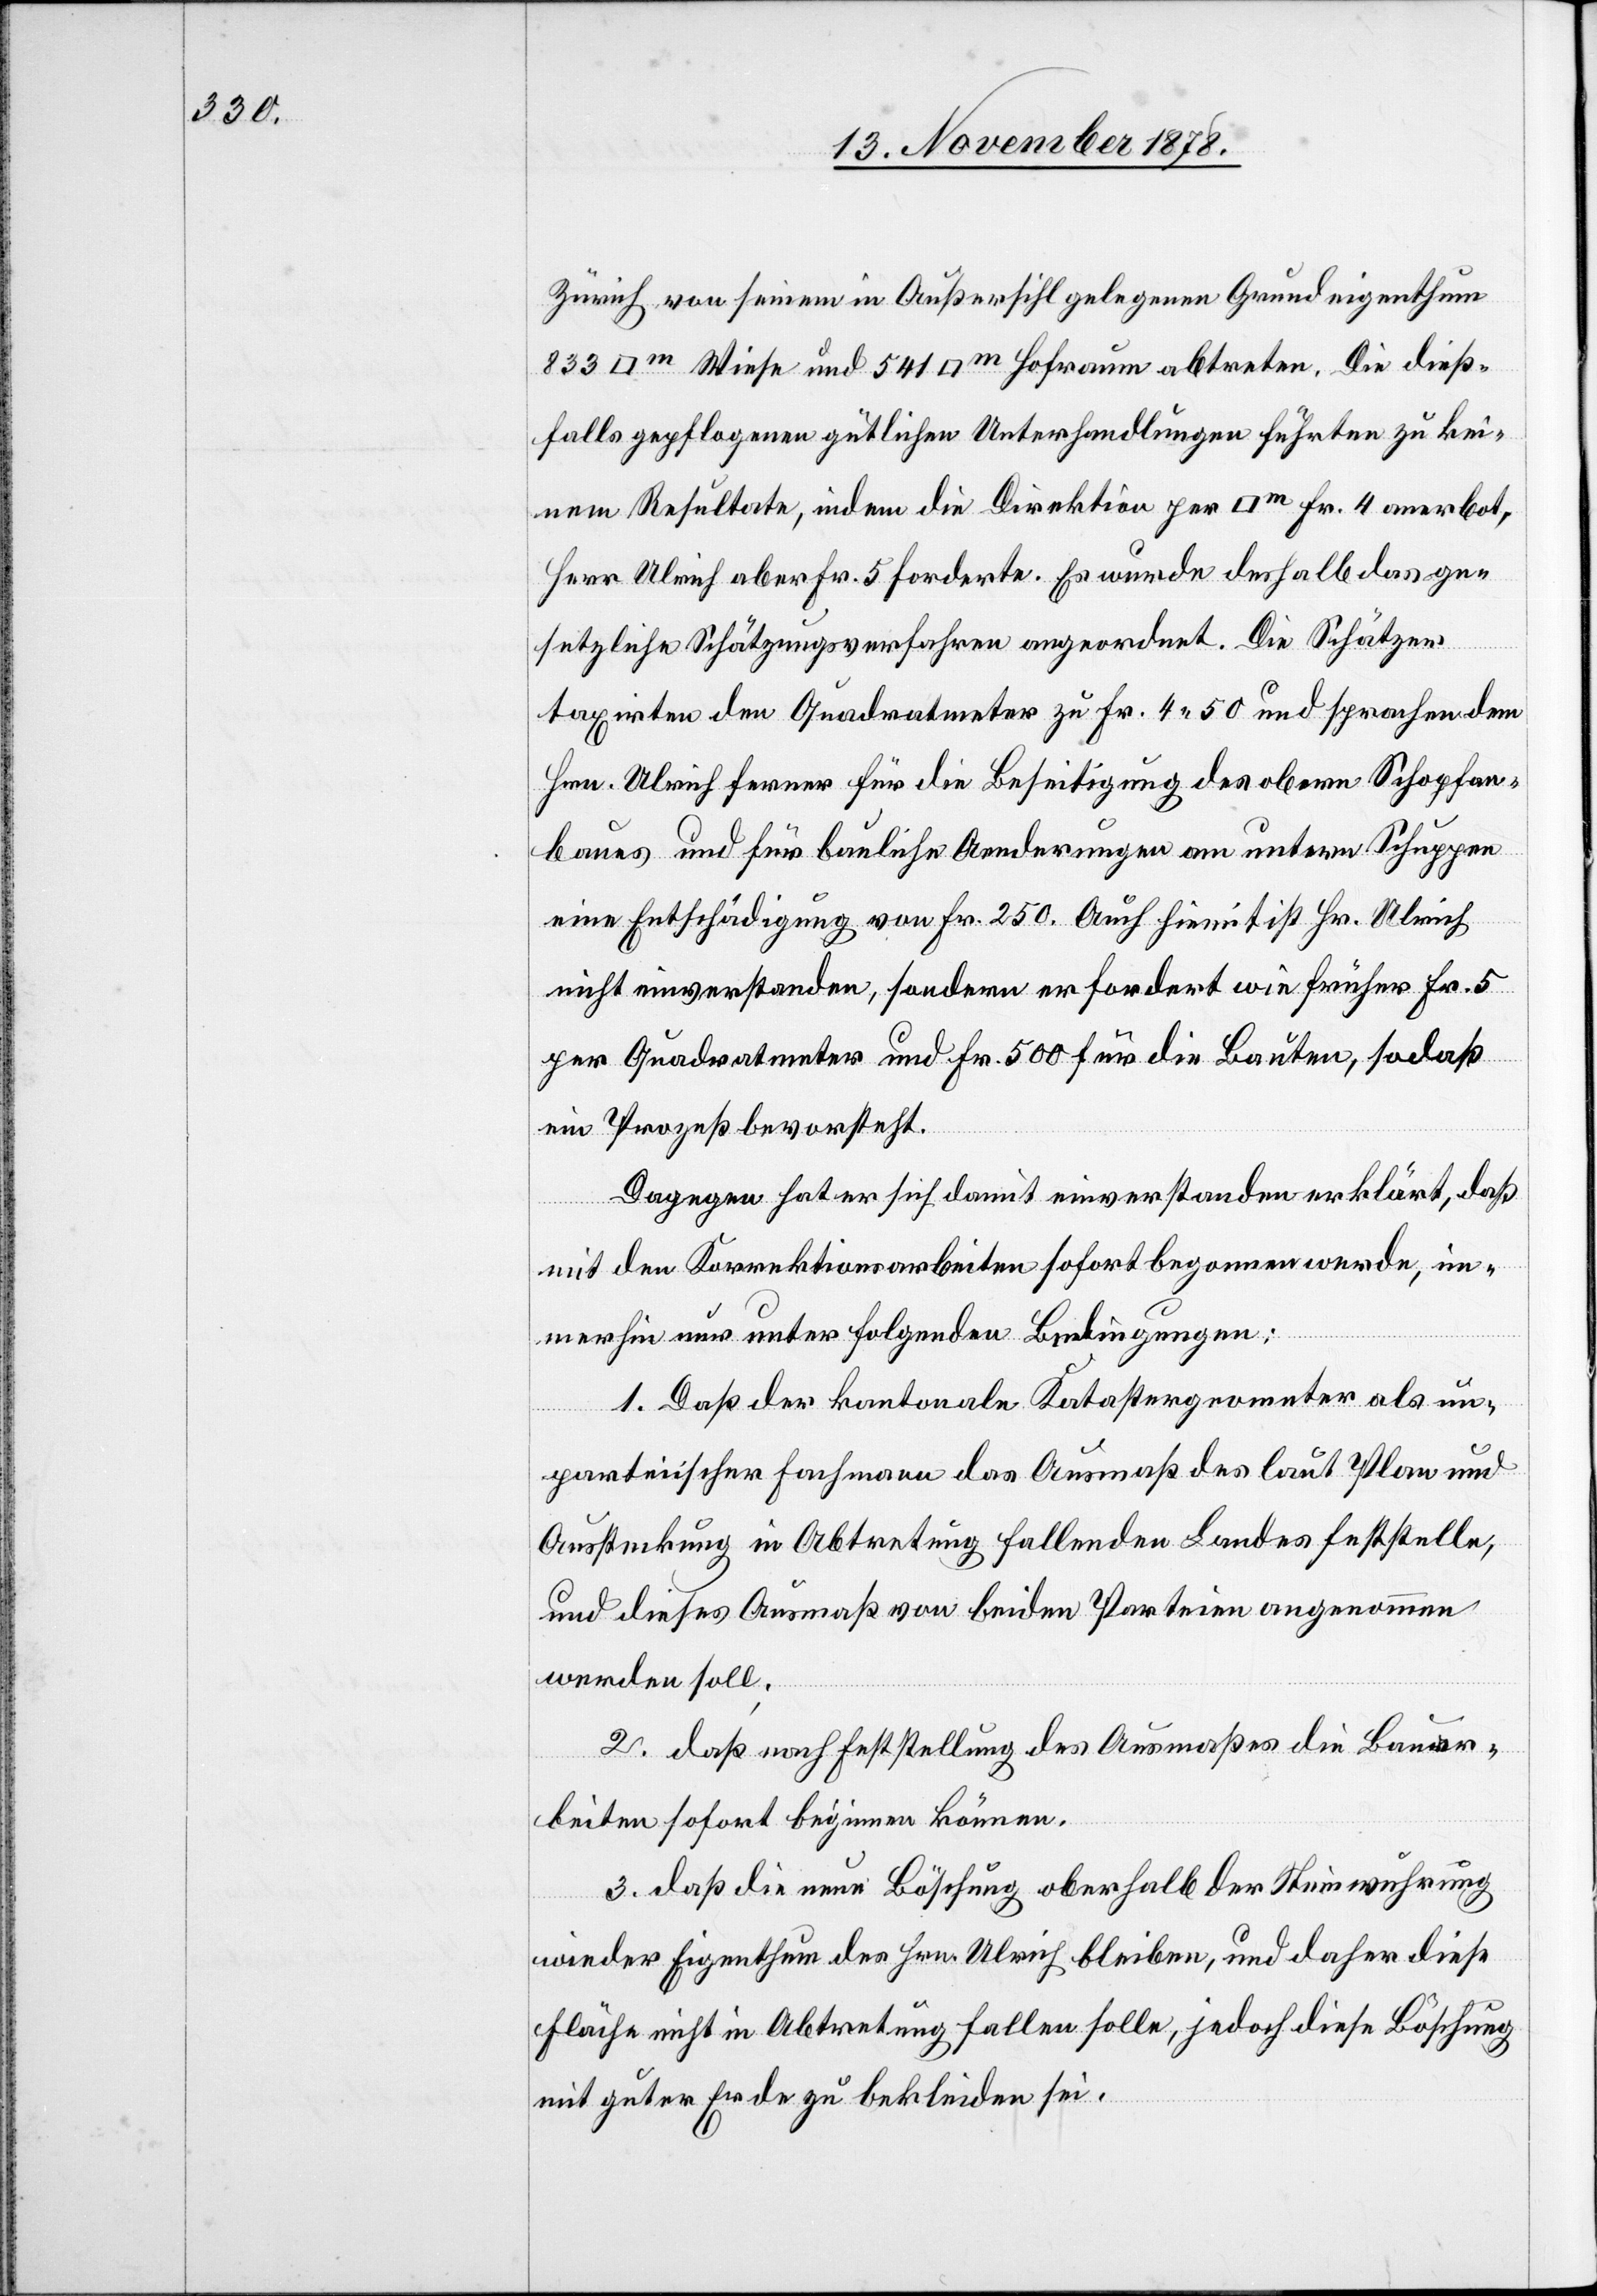
Zürich von seinem in Außersihl gelegenen Grundeigenthum
falls gepflogenen gütlichen Unterhandlungen führten zu kei¬
nem Resultate, indem die Direktion per [Quadratmeter] Fr. 4 anerbot,
Herr Ulrich aber Fr. 5 forderte. Es wurde deshalb das ge¬
setzliche Schätzungsverfahren angeordnet. Die Schätzer
taxirten den Quadratmeter zu Fr. 4 50 und sprachen dem
Hrn. Ulrich ferner für die Beseitigung des obern Schopfan¬
baues und für bauliche Aenderungen am untern Schuppen
eine Entschädigung von Fr. 250. Auch hiemit ist Hr. Ulrich
und
nicht einverstanden, sondern er fordert wie früher Fr. 5
per Quadratmeter und Fr. 500 für die Bauten, sodaß
Die dieß¬
ein Prozeß bevorsteht.
Dagegen hat er sich damit einverstanden erklärt, daß
mit den Korrektionsarbeiten sofort begonnen werde, im¬
merhin nur unter folgenden Bedingungen:
1. Daß der kantonale Katastergeometer als un¬
parteiischer Fachmann das Ausmaß des laut Plan und
Aussteckung in Abtretung fallenden Landes feststelle,
und dieses Ausmaß von beiden Parteien angenommen
werden soll;
2. daß nach Feststellung des Ausmaßes die Bauar¬
beiten sofort beginnen können.
3. daß die neue Böschung oberhalb der Steinwuhrung
wieder Eigenthum des Hrn. Ulrich bleiben, und daher diese
Fläche nicht in Abtretung fallen solle, jedoch diese Böschung
mit guter Erde zu bekleiden sei.